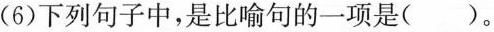
(6)下列句子中，是比喻句的一项是()。